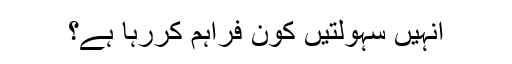
انہیں سہولتیں کون فراہم کررہا ہے؟